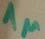
Text: 1µ